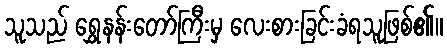
သူသည် ရွှေနန်းတော်ကြီးမှ လေးစားခြင်းခံရသူဖြစ်၏။